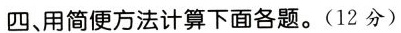
四、用简便方法计算下面各题。(12分)